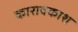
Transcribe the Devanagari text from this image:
कारावकाश